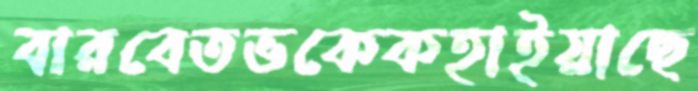
বারবেতভকেকহাইয়াছে